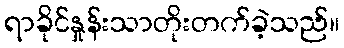
ရာခိုင်နှုန်းသာတိုးတက်ခဲ့သည်။